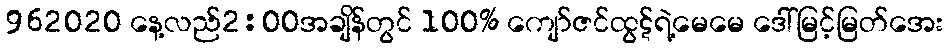
962020 နေ့လည်2:00အချိန်တွင် 100% ကျော်ဇင်ထွဋ်ရဲ့မေမေ ဒေါ်မြင့်မြတ်အေး